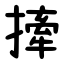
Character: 撁